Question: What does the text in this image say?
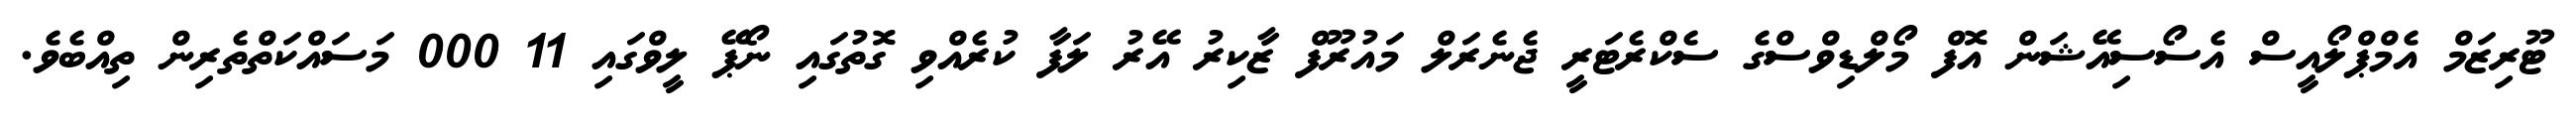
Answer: ޓޫރިޒަމް އެމްޕްލޯއީސް އެސޯސިއޭޝަން އޮފް މޯލްޑިވްސްގެ ސެކްރެޓަރީ ޖެނެރަލް މައުރޫފް ޒާކިރު އޭރު ލަފާ ކުރެއްވި ގޮތުގައި ނޯޕޭ ލީވްގައި 11 000 މަސައްކަތްތެރިން ތިއްބެވެ.